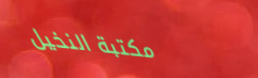
مكتبة النخيل